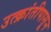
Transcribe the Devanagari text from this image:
उत्क्रांतीपासून